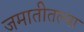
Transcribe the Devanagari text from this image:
जमातीतल्या